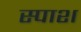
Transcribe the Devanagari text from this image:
स्पाश